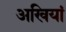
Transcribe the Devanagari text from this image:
अखियां